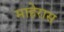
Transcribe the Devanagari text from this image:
माहेरास